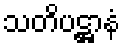
သတိပဋ္ဌာနံ